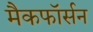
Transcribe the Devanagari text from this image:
मैकफॉर्सन